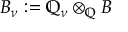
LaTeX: B _ { \nu } : = \mathbb { Q } _ { \nu } \otimes _ { \mathbb { Q } } B